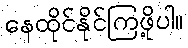
နေထိုင်နိုင်ကြဖို့ပါ။